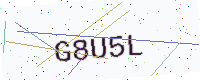
Text: G8U5L